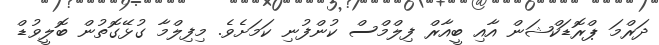
ދަރްމަ ޕްރޮޑަކްޝަން އާއި ބީއާރް ފިލްމްސް ކުންފުނި ކަމަށެވެ. މިފިލްމާ ގުޅޭގޮތުން ބޮލީވުޑް